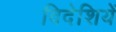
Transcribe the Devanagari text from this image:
विदेशियें